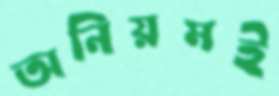
অনিয়মই